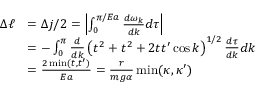
\begin{array} { r l } { \Delta \ell } & { = \Delta j / 2 = \left| \int _ { 0 } ^ { \pi / E a } \frac { d \omega _ { k } } { d k } d \tau \right| } \\ & { = - \int _ { 0 } ^ { \pi } \frac { d } { d k } \left( t ^ { 2 } + t ^ { 2 } + 2 t t ^ { \prime } \cos k \right) ^ { 1 / 2 } \frac { d \tau } { d k } d k } \\ & { = \frac { 2 \operatorname* { m i n } ( t , t ^ { \prime } ) } { E a } = \frac { r } { m g \alpha } \operatorname* { m i n } ( \kappa , \kappa ^ { \prime } ) } \end{array}